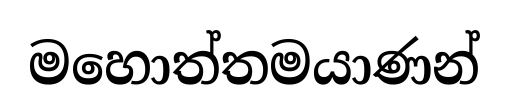
මහොත්තමයාණන්